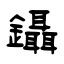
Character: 鑷